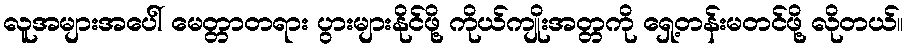
လူအများအပေါ် မေတ္တာတရား ပွားများနိုင်ဖို့ ကိုယ်ကျိုးအတ္တကို ရှေ့တန်းမတင်ဖို့ လိုတယ်။